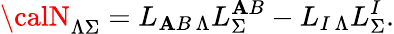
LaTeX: {\calN}_{\Lambda\Sigma}=L_{\mathbf{A}B\, \Lambda}L_{\Sigma}^{\mathbf{A}B}-L_{I\, \Lambda}L_{\Sigma}^{I}.